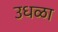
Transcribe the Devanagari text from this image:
उधळा